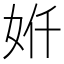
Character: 𫰙